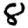
Digit: 8